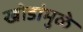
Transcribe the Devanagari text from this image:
खोडांमुळे